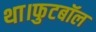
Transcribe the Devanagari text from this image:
था।फुटबॉल